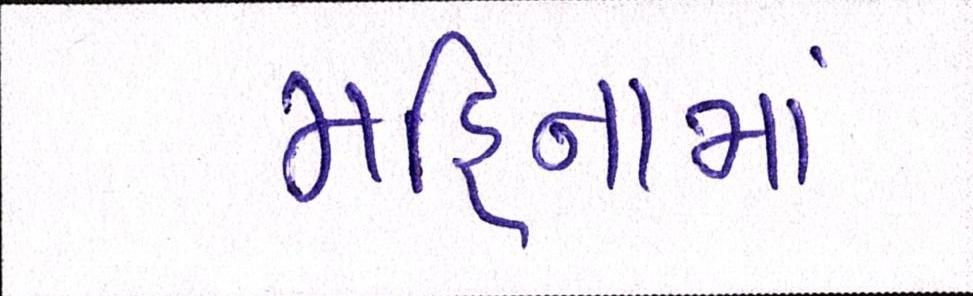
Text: મહિનામાં